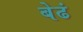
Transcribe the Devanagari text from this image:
बेढं